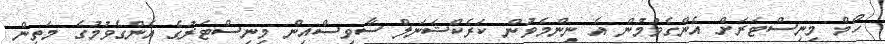
ހޯމް މިނިސްޓަރަށް އެންގެވުމުން އެ ނިންމެވުން ކަރެކްޝަނަލް ސާވިސްއިން މިނިސްޓަރުގެ އެންގެވުމުގެ މަތިން